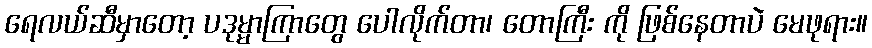
ရေလယ်ဆီမှာတော့ ပဒုမ္မာကြာတွေ ပေါလိုက်တာ၊ တောကြီး ကို ဖြစ်နေတာပဲ မေဖုရား။